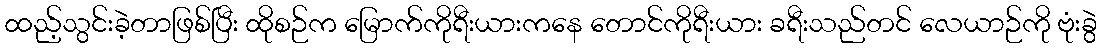
ထည့်သွင်းခဲ့တာဖြစ်ပြီး ထိုစဉ်က မြောက်ကိုရီးယားကနေ တောင်ကိုရီးယား ခရီးသည်တင် လေယာဉ်ကို ဗုံးခွဲ